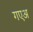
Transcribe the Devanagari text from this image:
गएअ